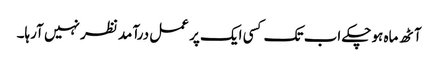
آٹھ ماہ ہوچکے اب تک کسی ایک پر عمل درآمد نظر نہیں آرہا۔